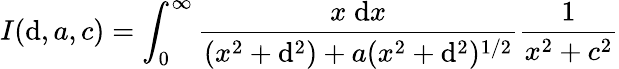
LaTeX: I(\mathrm{d},a,c)=\int_{0}^{\infty}{\frac{{x\; \mathrm{d}x}}{{(x^{2}+\mathrm{d}^{2})+a(x^{2}+\mathrm{d}^{2})^{1/2}}}}{\frac{{1}}{{x^{2}+c^{2}}}}